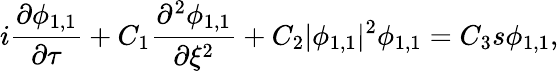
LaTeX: i\frac{\partial\phi_{1,1}}{\partial\tau}+C_{1}\frac{\partial^{2}\phi_{1,1}}{\partial\xi^{2}}+C_{2}|\phi_{1,1}|^{2}\phi_{1,1}=C_{3}s\phi_{1,1},